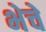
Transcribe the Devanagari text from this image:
भेचे